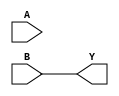
module combinational_logic (
    input wire A,
    input wire B,
    output wire Y
);

// Combinational logic using the simplified expression
assign Y = B; // Output based on the simplified logic that includes the Don't Care condition

endmodule